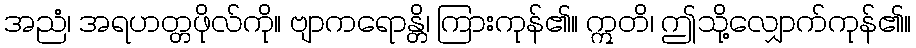
အညံ၊ အရဟတ္တဖိုလ်ကို။ ဗျာကရောန္တိ၊ ကြားကုန်၏။ ဣတိ၊ ဤသို့လျှောက်ကုန်၏။